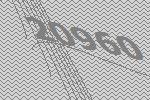
20960